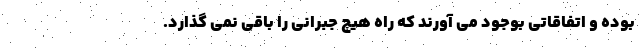
بوده و اتفاقاتی بوجود می آورند که راه هیچ جبرانی را باقی نمی گذارد.